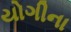
યોગીના